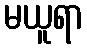
မယူရာ